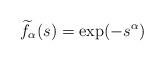
LaTeX: \begin{align*}\widetilde f_\alpha(s) &= \exp(-s^\alpha) \end{align*}